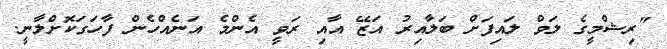
"ރިޝްމީގެ ލަވް ލައިފަށް ބަލާއިރު އަޒޭ އާއި ރަވީ އެންމެ އަނެއްހެން ފާހަގަކޮށްލާނީ.